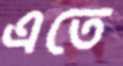
এতে